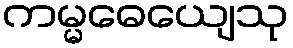
ကမ္မဓေယျေသု